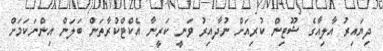
ދިޔައިރު އާލިއާގެ ޝޫޓިން ކުރިއަށް ނުދާއިރު ވަނީ ކަރީނާ އެކްޓްކުރާތަން ބަލަން އިންނަކަމަށް